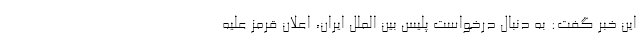
این خبر گفت: به دنبال درخواست پلیس بین الملل ایران، اعلان قرمز علیه